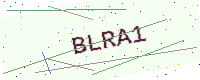
Text: BLRA1